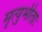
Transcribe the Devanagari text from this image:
मृत्युभीताः